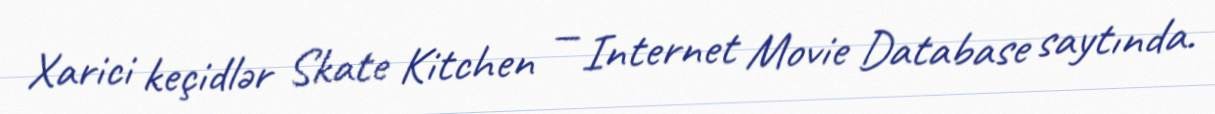
Xarici keçidlər Skate Kitchen — Internet Movie Database saytında.